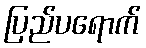
ပြည်ပရောက်